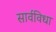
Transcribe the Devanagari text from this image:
सार्वविधा